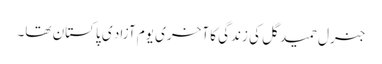
جنرل حمید گل کی زندگی کا آخری یوم آزاد ی پاکستان تھا۔